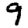
Digit: 9